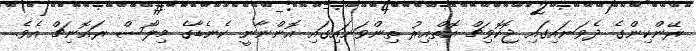
ރޭންކިންގެ ދެވަނައިގައި ޖޮކޮވިޗް އޮތްއިރު ތިންވަނައިގައި އޮންނާނީ ކެނެޑާގެ މިލޯސް ރައޮނިޗް އެވެ.